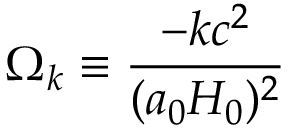
\Omega _ { k } \equiv { \frac { - k c ^ { 2 } } { ( a _ { 0 } H _ { 0 } ) ^ { 2 } } }